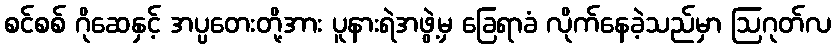
စင်စစ် ဂိုဆေနှင့် အပ္ပတေးတို့အား ပူနားရဲအဖွဲ့မှ ခြေရာခံ လိုက်နေခဲ့သည်မှာ ဩဂုတ်လ